Trukikaitis_Postimees, lk 152
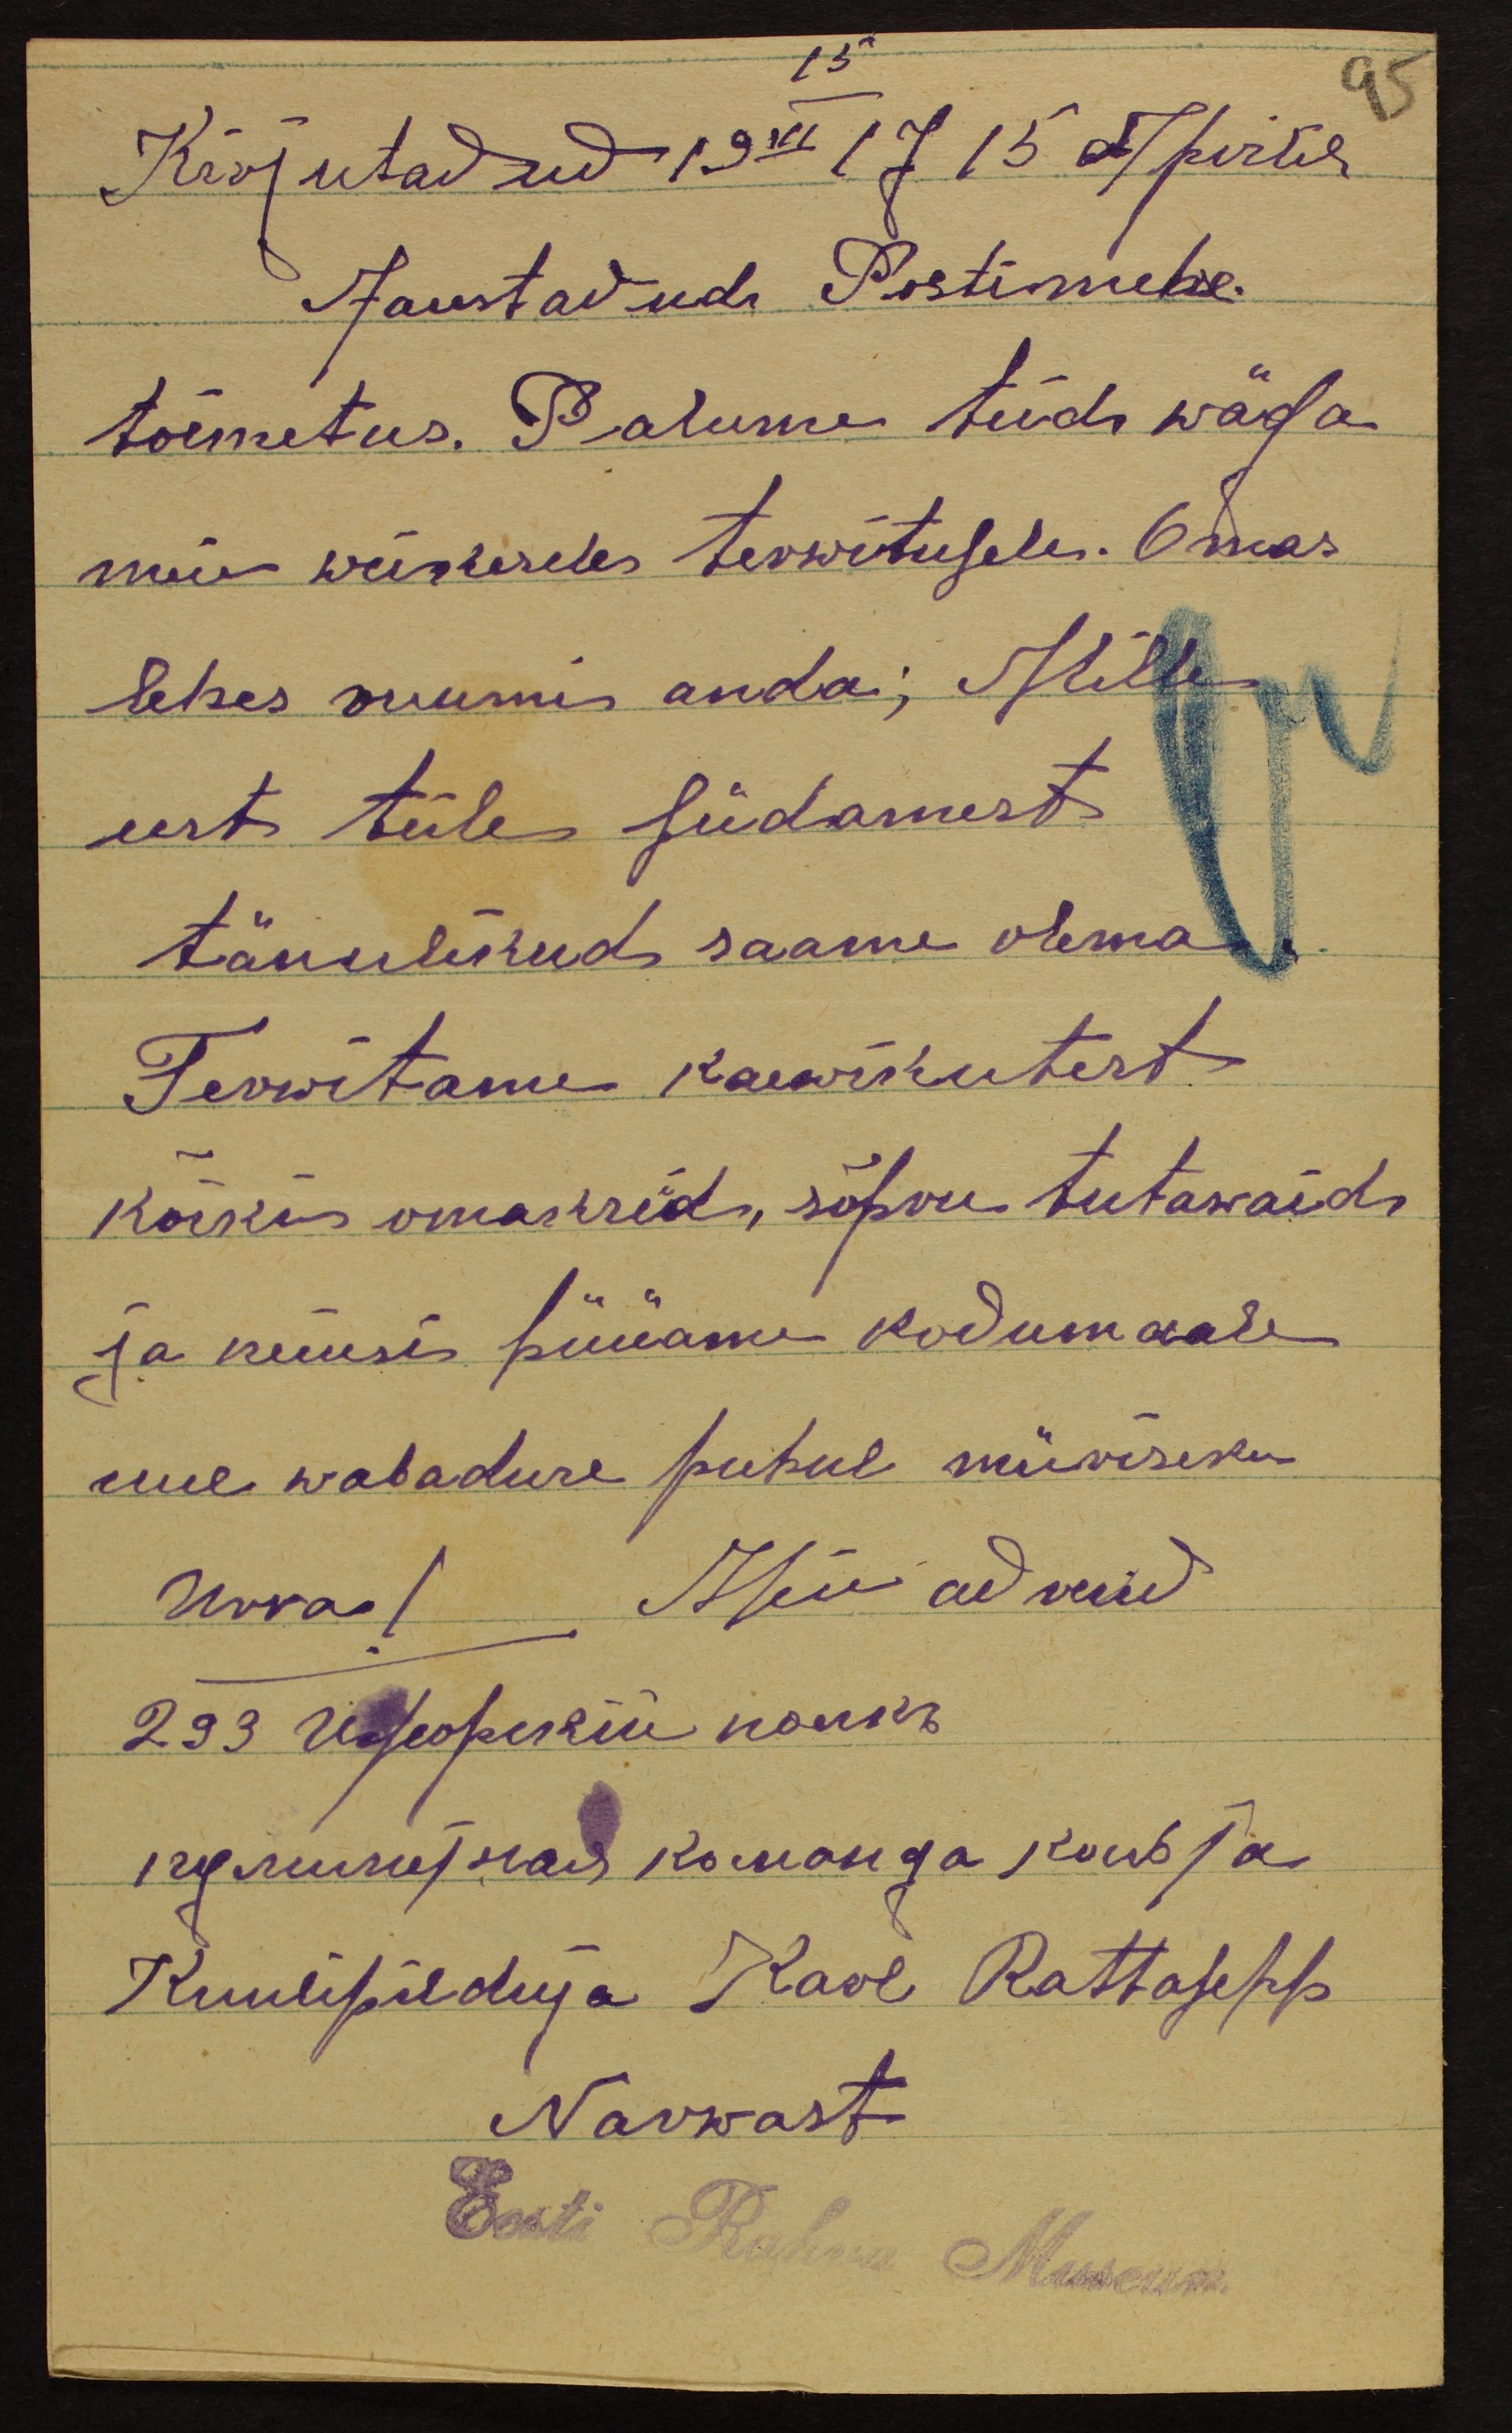
15
95
Kirjutadud 19III/J15 sõpirkl
Aaustadud Postimehe.
toimetus. Palume teidi wäga
meie wäikesele terwitusele. Omas
lehes ruumi anda; Mille
eest teile südamest
tänulikud saame olema
Tervitame kaewikutest
kõiki omakseid, sõpru tutawaid
ja neiusi hüüame kodumaale
uue wabaduse puhul müriseva
Urra! ( Meie adresid
Kuulipilduja Karl Rattasepp
Narwast
Eesti Rahva Museum.